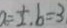
a = \frac { 1 } { 2 } , b = 3